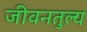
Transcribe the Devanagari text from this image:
जीवनतुल्य